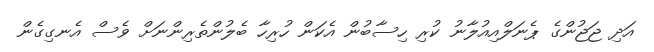
އަދި ޖަޖުންގެ ޕެނަލްއިއުލާނު ކުރި ހިސާބުން އެކަން ހުރިހާ ބެލުންތެރިންނަށް ވެސް އެނގިގެން